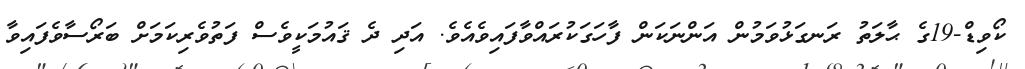
ކޯވިޑް-19ގެ ޙާލަތު ރަނގަޅުވަމުން އަންނަކަން ފާހަގަކުރައްވާފައިވެއެވެ. އަދި ދެ ޤައުމަކީވެސް ފަތުވެރިކަމަށް ބަރޯސާވެފައިވާ